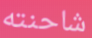
شاحنته